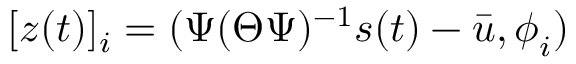
[ \boldsymbol { z } ( t ) ] _ { i } = ( \boldsymbol { \Psi } ( \boldsymbol { \Theta } \boldsymbol { \Psi } ) ^ { - 1 } \boldsymbol { s } ( t ) - \bar { \boldsymbol { u } } , \boldsymbol { \phi } _ { i } )